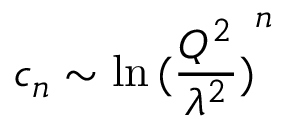
c _ { n } \sim \ln { ( \frac { Q ^ { 2 } } { \lambda ^ { 2 } } ) } ^ { n }